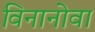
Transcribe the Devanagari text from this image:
विनानोवा